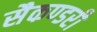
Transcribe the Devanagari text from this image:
सैकण्‍डरी